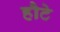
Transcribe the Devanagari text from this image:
हौटे